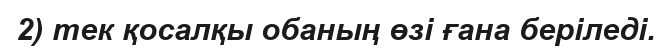
2) тек қосалқы обаның өзі ғана беріледі.